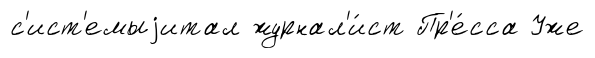
с'ист'емыjитал журнал'и́ст Пр'е́сса Уже